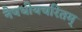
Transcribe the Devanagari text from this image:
नैषधीयचरितम्‌